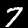
Label: 7